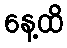
နေ့ထိ